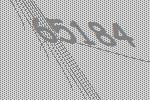
65184